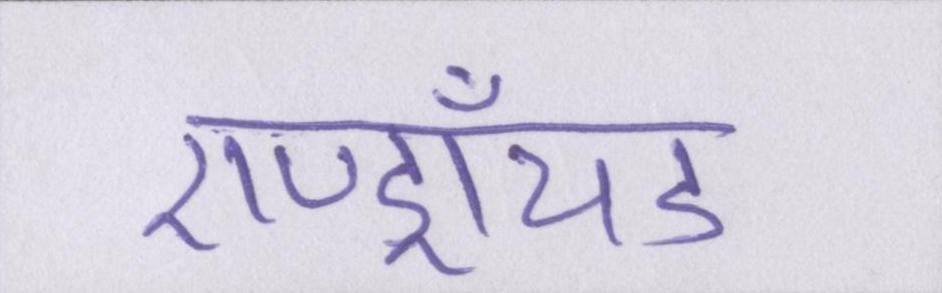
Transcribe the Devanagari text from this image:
एण्ड्रॉयड